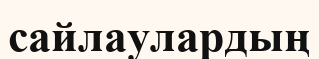
сайлаулардың